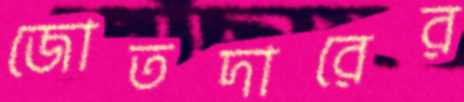
জোতদারের